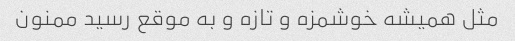
مثل همیشه خوشمزه و تازه و به موقع رسید ممنون